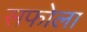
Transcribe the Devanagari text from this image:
सफोला